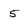
Character: 5